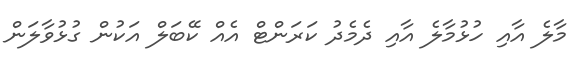
މާލެ އާއި ހުޅުމާލެ އާއި ދެމެދު ކަރަންޓް އެއް ކޭބަލް އަކުން ގުޅުވާލަން